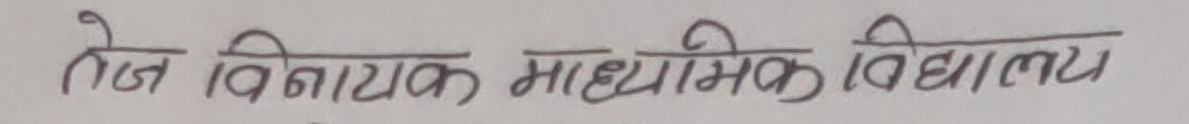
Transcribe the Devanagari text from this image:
तेज विनायक माध्यमिक विद्यालय